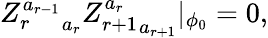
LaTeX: {Z_{r}^{a_{r-1}}}_{a_{r}}{Z_{r+1}^{a_{r}}}_{a_{r+1}}|_{\phi_{0}}=0,